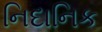
નિદાનિક